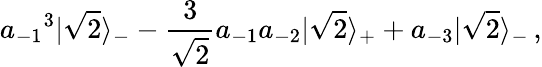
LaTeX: {a_{-1}}^{3}|\sqrt 2\rangle_{-}-{\frac{3}{\sqrt 2}}a_{-1}a_{-2}|\sqrt 2\rangle_{+}+a_{-3}|\sqrt 2\rangle_{-}\, ,